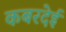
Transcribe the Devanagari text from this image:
कबरदेई